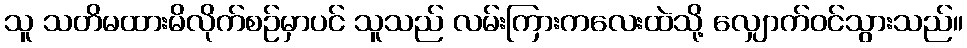
သူ သတိမထားမိလိုက်စဉ်မှာပင် သူသည် လမ်းကြားကလေးထဲသို့ လျှောက်ဝင်သွားသည်။